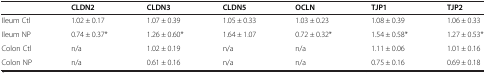
|  | CLDN2 | CLDN3 | CLDN5 | OCLN | TJP1 | TJP2 |
 | --- | --- | --- | --- | --- | --- | --- |
 | Ileum Ctl | 1.02 ± 0.17 | 1.07 ± 0.39 | 1.05 ± 0.33 | 1.03 ± 0.23 | 1.08 ± 0.39 | 1.06 ± 0.33 |
 | Ileum NP | 0.74 ± 0.37* | 1.26 ± 0.60* | 1.64 ± 1.07 | 0.72 ± 0.32* | 1.54 ± 0.58* | 1.27 ± 0.53* |
 | Colon Ctl | n/a | 1.02 ± 0.19 | n/a | n/a | 1.11 ± 0.06 | 1.01 ± 0.16 |
 | Colon NP | n/a | 0.61 ± 0.16 | n/a | n/a | 0.75 ± 0.16 | 0.69 ± 0.18 |